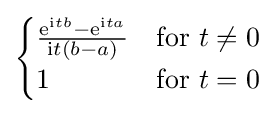
{\begin{cases}{\frac {\mathrm {e} ^{\mathrm {i} tb}-\mathrm {e} ^{\mathrm {i} ta}}{\mathrm {i} t(b-a)}}&{\text{for }}t\neq 0\\1&{\text{for }}t=0\end{cases}}